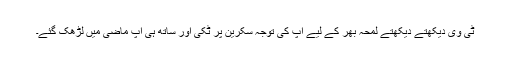
ٹی وی دیکھتے دیکھتے لمحہ بھر کے لیے آپ کی توجہ سکرین پر ٹکی اور ساتھ ہی آپ ماضی میں لڑھک گئے۔